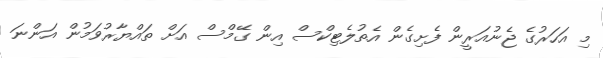
މި އަހަރުގެ ޖެނުއަރީން ފެށިގެން އެތުލެޓިކްސް އިން ގޭމްސް އަށް ތައްޔާރުވަމުން އަންނަ